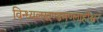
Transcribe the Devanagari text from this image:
विन्ध्यलखण्डमण्लाहीश्वर